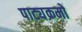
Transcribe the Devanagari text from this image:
पाट्यक्रमो